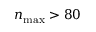
n _ { \mathrm { m a x } } > 8 0